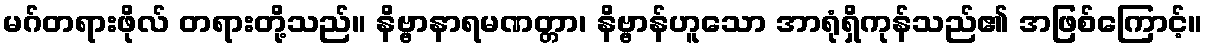
မဂ်တရားဖိုလ် တရားတို့သည်။ နိဗ္ဗာနာရမဏတ္တာ၊ နိဗ္ဗာန်ဟူသော အာရုံရှိကုန်သည်၏ အဖြစ်ကြောင့်။